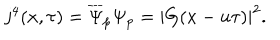
j ^ { 4 } ( x , \tau ) = \overline { { { \Psi } } } _ { p } \Psi _ { p } = \left| G ( x - u \tau ) \right| ^ { 2 } .